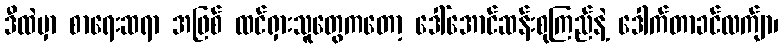
ဒီထဲမှာ စာရေးဆရာ အဖြစ် ထင်ရှားသူတွေကတော့ ဒေါ်အောင်ဆန်းစုကြည်နဲ့ ဒေါက်တာခင်လက်ျာ၊